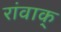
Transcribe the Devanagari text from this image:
रांवाक्